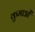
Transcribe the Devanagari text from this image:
कुमाओं